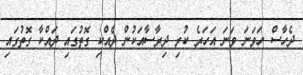
ދެހާސް ހަވަނަ ވަނަ އަހަރެ ކުރި ދިރާސާއަކުން ދެއްކި ގޮތުގައި ދައްކާ ގޮތުގައި